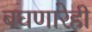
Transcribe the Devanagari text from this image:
बघणारेही